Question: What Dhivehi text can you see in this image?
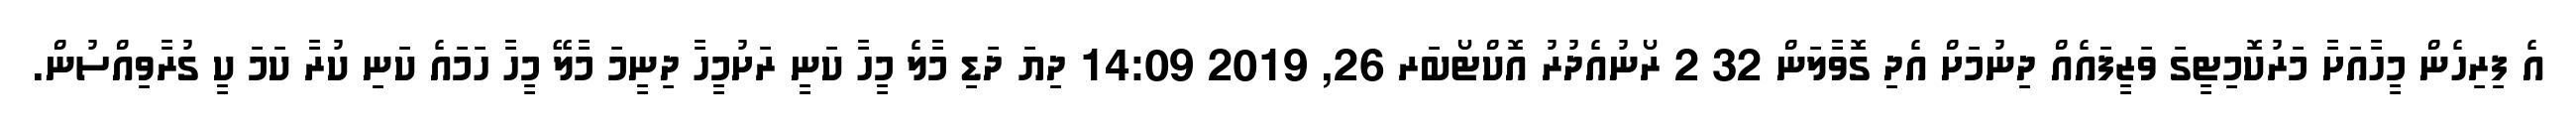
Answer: އެ ފިރިހެން މީހާއަށާ މަރުކޮމިޓީގަ ވަޒީފައެއް ދިނުމަށް އެދި ގޮވާލަން 32 2 ރޯނުއެދުރު އޮކްޓޯބަރ 26, 2019 14:09 ދިޔަ ދަޑި މާލެ މީހާ ކަނީ ރަށުމީހާ ދިނީމަ މާލޭ މީހާ ހަމައެ ކަނި ކުރާ ކަމަ ކީ ގުރާވިއްސުން.